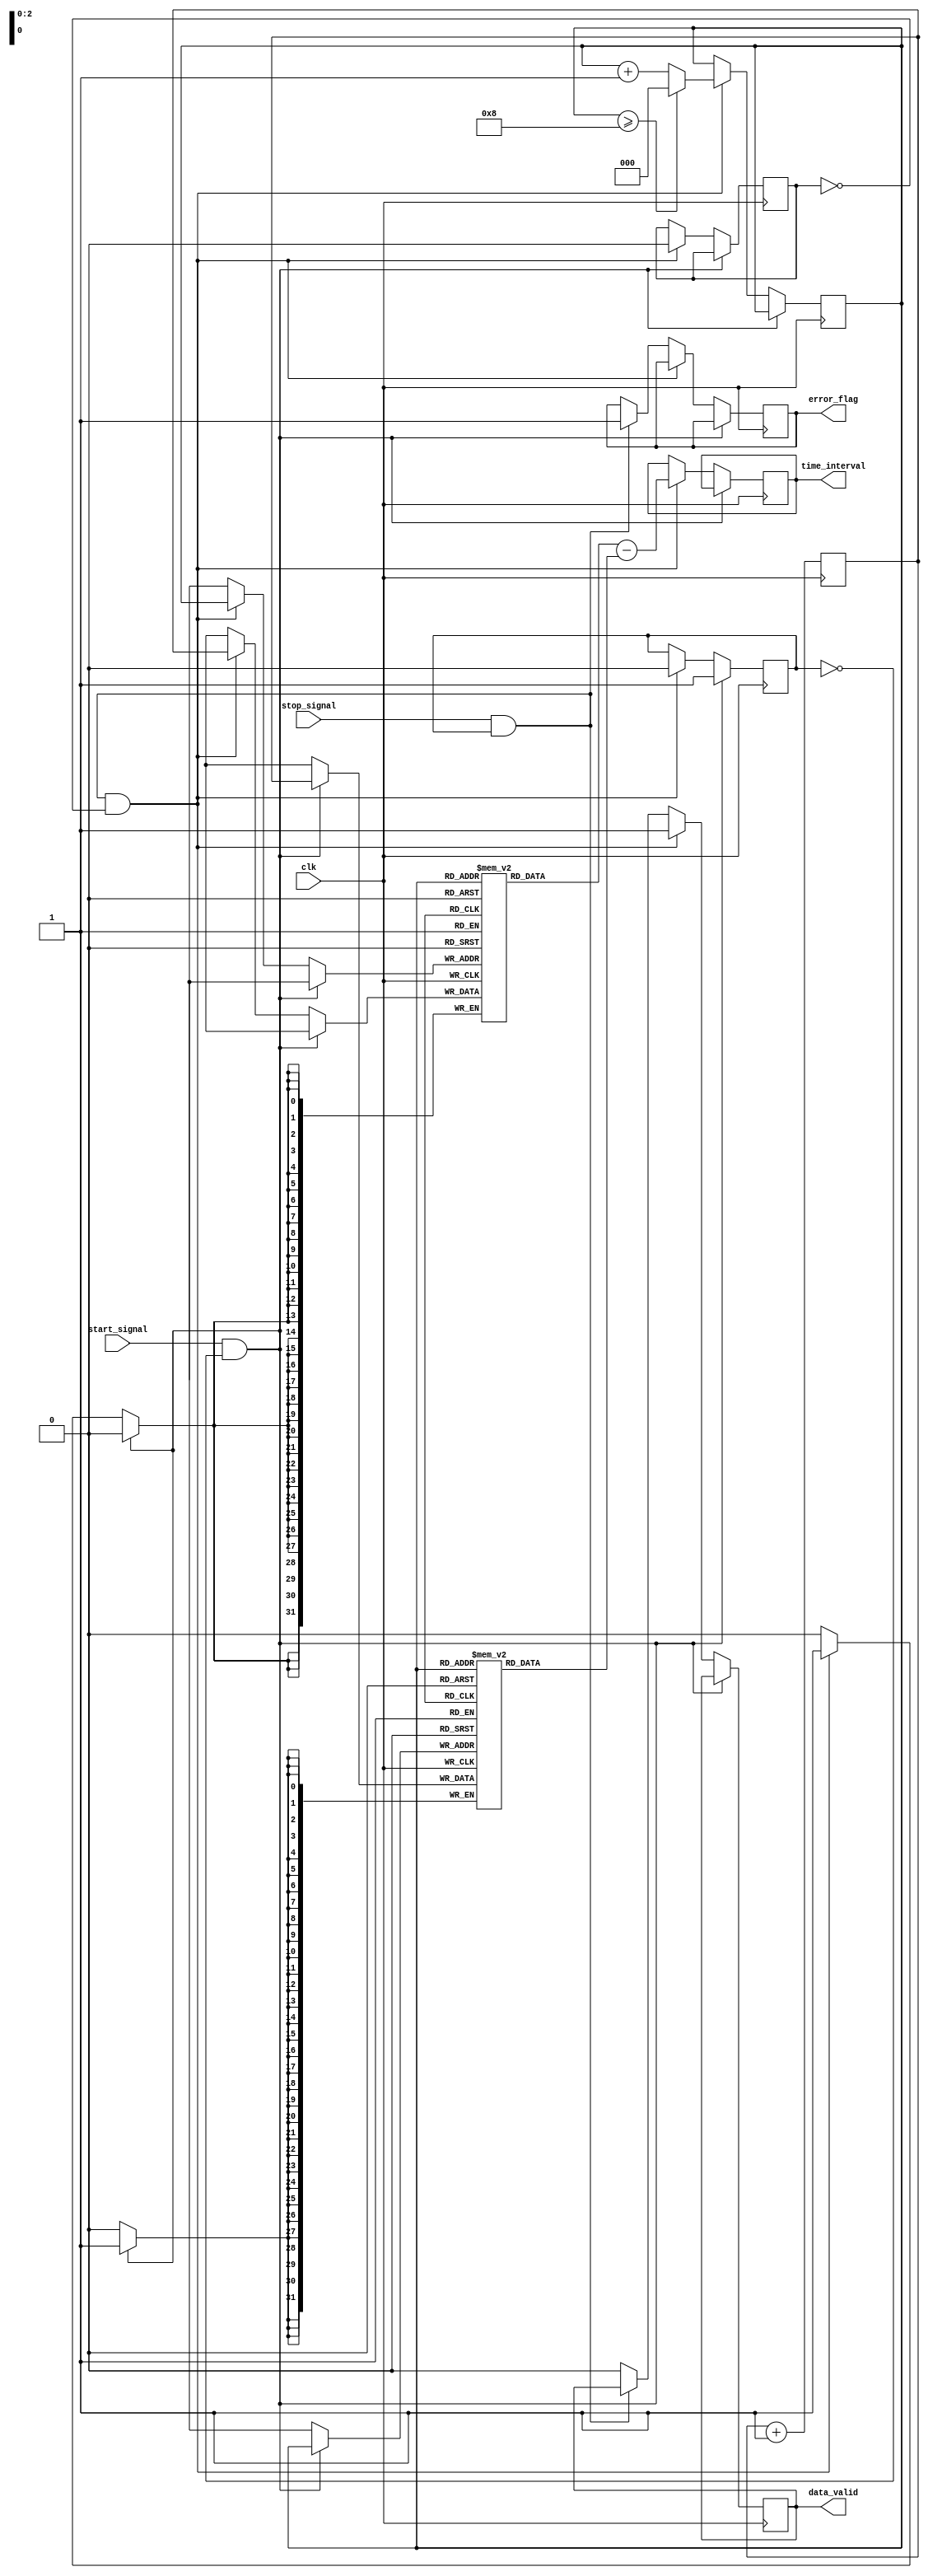
module synchronized_tdc (
    input wire clk,            // Clock signal
    input wire start_signal,   // Start signal
    input wire stop_signal,    // Stop signal
    output reg [31:0] time_interval, // Time interval output
    output reg data_valid,     // Data valid signal
    output reg error_flag      // Error flag
);

// Parameters
parameter MEMORY_DEPTH = 8;  // Number of memory blocks
parameter MEMORY_WIDTH = 32;  // Width of memory for timestamps

// Memory blocks to store timestamps
reg [MEMORY_WIDTH-1:0] memory_block_start [0:MEMORY_DEPTH-1];
reg [MEMORY_WIDTH-1:0] memory_block_stop [0:MEMORY_DEPTH-1];

// Internal signals
reg [31:0] clock_count;      // Current clock cycle count
reg [2:0] current_index;     // Current index for memory blocks
reg capturing_start;         // Flag for capturing start
reg capturing_stop;          // Flag for capturing stop

// Initialize
initial begin
    clock_count = 0;
    current_index = 0;
    capturing_start = 0;
    capturing_stop = 0;
    data_valid = 0;
    error_flag = 0;
end

// Clock process to increment clock count
always @(posedge clk) begin
    clock_count <= clock_count + 1; // Increment clock count
end

// Capture start and stop timestamps
always @(posedge clk) begin
    if (start_signal && !capturing_start) begin
        // Capture start timestamp
        memory_block_start[current_index] <= clock_count;
        capturing_start <= 1;
    end else if (stop_signal && capturing_start && !capturing_stop) begin
        // Capture stop timestamp
        memory_block_stop[current_index] <= clock_count;
        capturing_stop <= 1;

        // Calculate time interval
        time_interval <= memory_block_stop[current_index] - memory_block_start[current_index];
        data_valid <= 1; // Indicate that data is valid

        // Prepare for next measurement
        current_index <= current_index + 1;
        if (current_index >= MEMORY_DEPTH) begin
            current_index <= 0; // Wrap around to the first memory block
        end

        // Reset capturing flags
        capturing_start <= 0;
        capturing_stop <= 0;
    end else if (capturing_start && stop_signal) begin
        // Error case: Stop signal received without a valid start
        error_flag <= 1;
    end else begin
        // Reset data valid after reading
        if (data_valid) begin
            data_valid <= 0;
        end
    end
end

endmodule